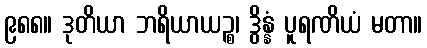
၉၈၈။ ဒုတိယာ ဘရိယာယဉ္စ၊ ဒွိန္နံ ပူရဏိယံ မတာ။